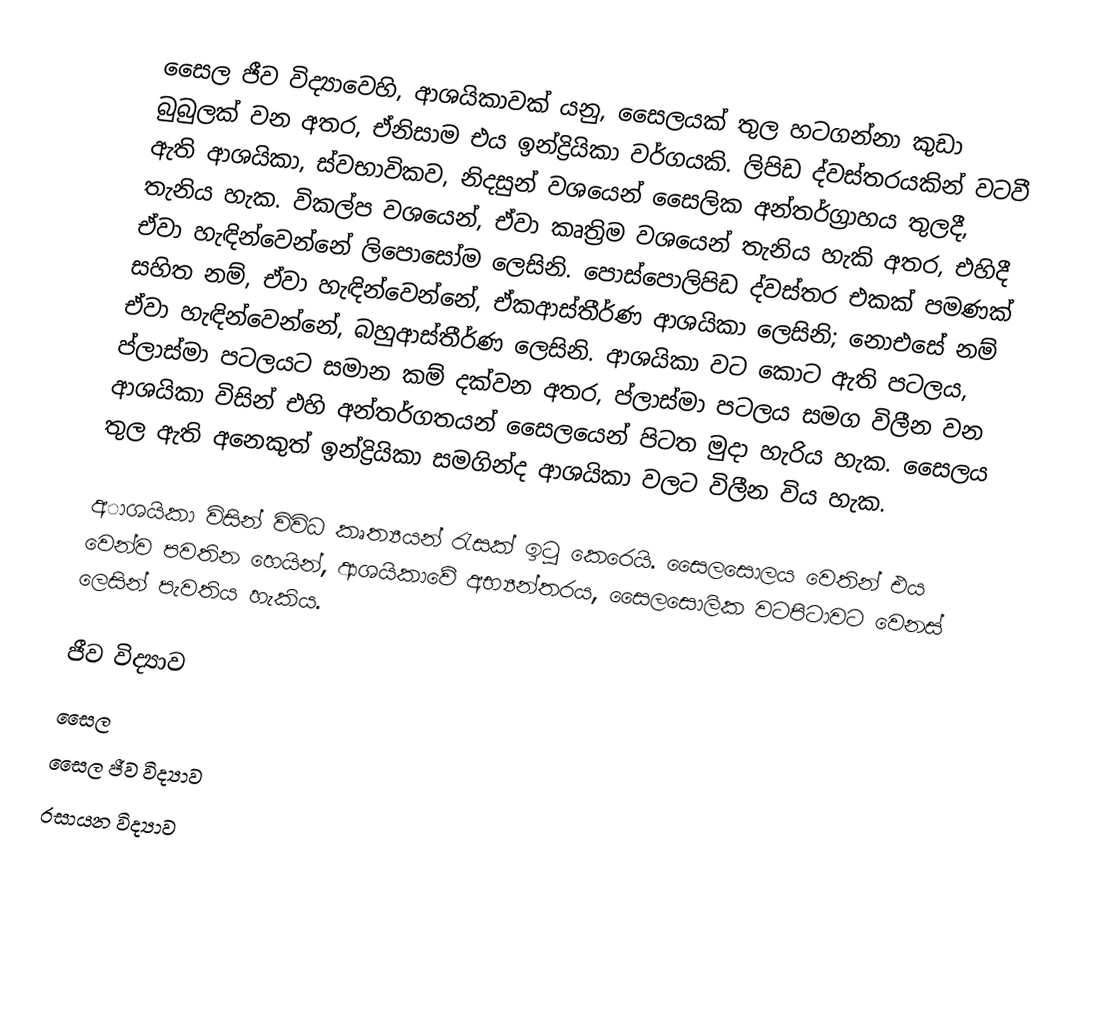
සෛල ජීව විද්‍යාවෙහි, ආශයිකාවක් යනු, සෛලයක් තුල හටගන්නා කුඩා බුබුලක් වන අතර, ඒනිසාම එය  ඉන්ද්‍රියිකා වර්ගයකි. ලිපිඩ ද්වස්තරයකින් වටවී ඇති ආශයිකා, ස්වභාවිකව, නිදසුන් වශයෙන් සෛලික අන්තර්ග්‍රාහය තුලදී, තැනිය හැක. විකල්ප වශයෙන්, ඒවා කෘත්‍රිම වශයෙන් තැනිය හැකි අතර, එහිදී ඒවා හැඳින්වෙන්නේ ලිපොසෝම ලෙසිනි.  පොස්පොලිපිඩ ද්වස්තර එකක් පමණක් සහිත නම්, ඒවා හැඳින්වෙන්නේ, ඒකආස්තීර්ණ ආශයිකා ලෙසිනි; නොඑසේ නම් ඒවා හැඳින්වෙන්නේ, බහුආස්තීර්ණ ලෙසිනි. ආශයිකා වට කොට ඇති පටලය, ප්ලාස්මා පටලයට සමාන කම් දක්වන අතර, ප්ලාස්මා පටලය සමග විලීන වන ආශයිකා විසින් එහි අන්තර්ගතයන් සෛලයෙන් පිටත මුදා හැරිය හැක. සෛලය තුල ඇති අනෙකුත්  ඉන්ද්‍රියිකා සමගින්ද ආශයිකා වලට විලීන විය හැක.

අාශයිකා විසින් විවිධ කෘත්‍යයන් රැසක් ඉටු කෙරෙයි. සෛලසොලය වෙතින් එය වෙන්ව පවතින හෙයින්, ආශයිකාවේ අභ්‍යන්තරය, සෛලසොලික වටපිටාවට වෙනස් ලෙසින් පැවතිය හැකිය.

ජීව විද්‍යාව
සෛල
සෛල ජීව විද්‍යාව
රසායන විද්‍යාව